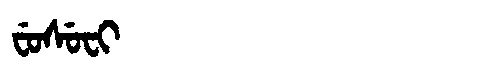
Manchu: ᠸᡠᠰᡠᠸᡳ
Romanization: FUSUFI